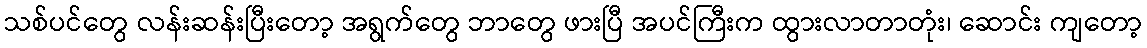
သစ်ပင်တွေ လန်းဆန်းပြီးတော့ အရွက်တွေ ဘာတွေ ဖားပြီ အပင်ကြီးက ထွားလာတာတုံး၊ ဆောင်း ကျတော့